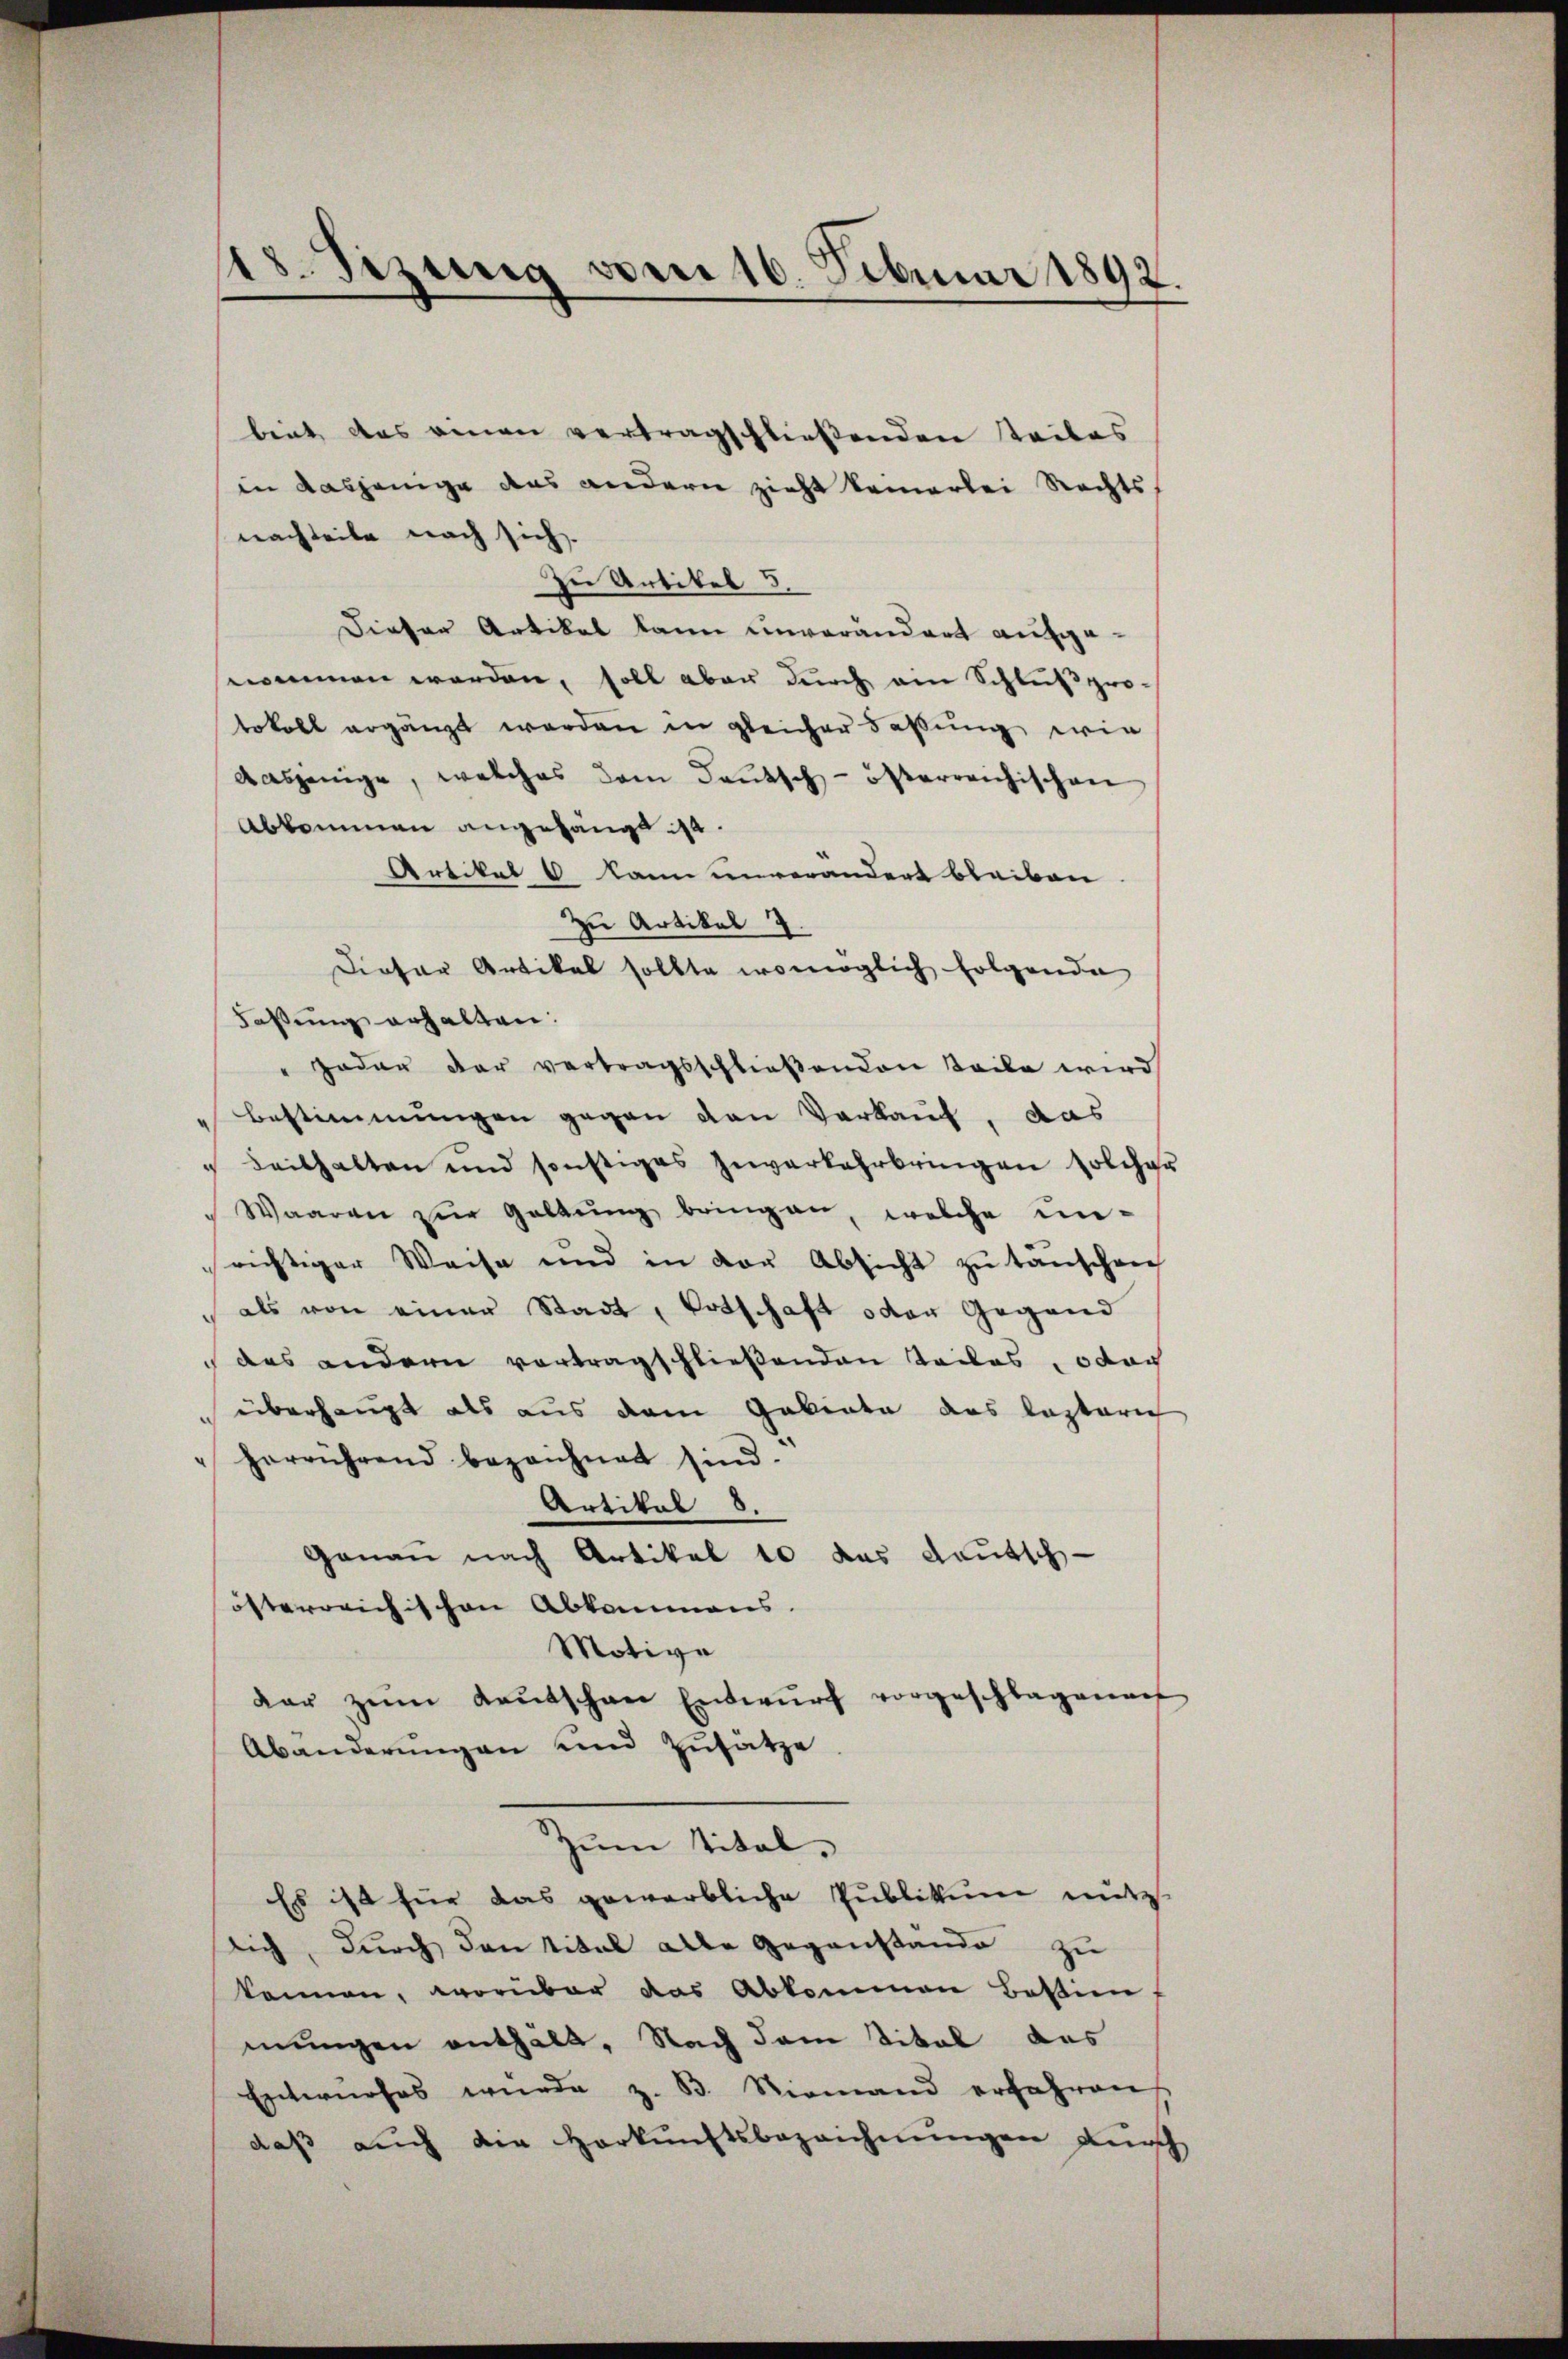
biet das einen vertragschließenden Teiles
in dasjenige das andern zieht keinerlei Rechts,
nachteile nach sich.
Zu Artikel 5.
Dieser Artikel kann unverändert aufgenommen werden, soll aber durch am Schluß protokoll ergänzt werden in gleicher Faßung wie
dasjenige, welches dem Deutsch-österreichischen
Abkommen angehängt ist.
Artikel 6 kann unverändert bleiben.
zu Artikel 7.
Dieser Artikal sollte womöglich folgende
Faßung erhalten:
" oder der vertragsschließenden Teile wird
Bestimmungen gegen den Verkauf, das
" Seithalten und sonstiges zŭverkehrbringen solcher
Waaren zŭr Geltung bringen, welche unrichtiger Weise und in der Absicht zŭ tanschen
als von einer Stadt, Totschaft oder Gegend
das andern vortragschließenden Teiles, oder
überhaupt als aus dem Gebiete das lasterich
herrührend bezeichnet sind.
Artikal 8.
Genau nach Artikel 10 das deutsch
österreichischen Abkommens.
Motive
dar zŭm Kaŭtschen Entwŭrf vorgeschlagenauf
Abänderŭngen und Zusätze
zum Titel,
Es ist für das gewerbliche Publikum nütz
slich, durch den Titel alle Gegenstande zu
können, worüber das Abkommen Bestim
mungen enthält. Nach dem Titel des
Entwŭrfes wurde z. B. Niemand erfahren
daß auch die Herkunftsbezeichnungen durch

18. Sezung von 16. Februar 1892.